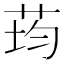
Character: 荺